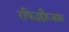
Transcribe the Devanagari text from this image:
रफिउद्दौरजात